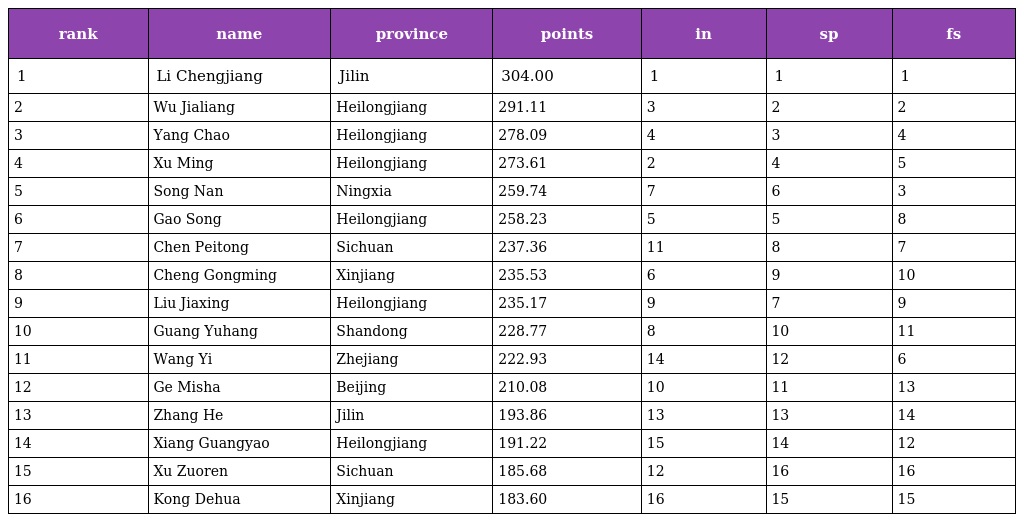
| rank | name | province | points | in | sp | fs |
 | --- | --- | --- | --- | --- | --- | --- |
 | 1 | Li Chengjiang | Jilin | 304.00 | 1 | 1 | 1 |
 | 2 | Wu Jialiang | Heilongjiang | 291.11 | 3 | 2 | 2 |
 | 3 | Yang Chao | Heilongjiang | 278.09 | 4 | 3 | 4 |
 | 4 | Xu Ming | Heilongjiang | 273.61 | 2 | 4 | 5 |
 | 5 | Song Nan | Ningxia | 259.74 | 7 | 6 | 3 |
 | 6 | Gao Song | Heilongjiang | 258.23 | 5 | 5 | 8 |
 | 7 | Chen Peitong | Sichuan | 237.36 | 11 | 8 | 7 |
 | 8 | Cheng Gongming | Xinjiang | 235.53 | 6 | 9 | 10 |
 | 9 | Liu Jiaxing | Heilongjiang | 235.17 | 9 | 7 | 9 |
 | 10 | Guang Yuhang | Shandong | 228.77 | 8 | 10 | 11 |
 | 11 | Wang Yi | Zhejiang | 222.93 | 14 | 12 | 6 |
 | 12 | Ge Misha | Beijing | 210.08 | 10 | 11 | 13 |
 | 13 | Zhang He | Jilin | 193.86 | 13 | 13 | 14 |
 | 14 | Xiang Guangyao | Heilongjiang | 191.22 | 15 | 14 | 12 |
 | 15 | Xu Zuoren | Sichuan | 185.68 | 12 | 16 | 16 |
 | 16 | Kong Dehua | Xinjiang | 183.60 | 16 | 15 | 15 |